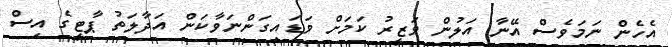
އެހެން ނަމަވެސް އޭނާ އަލުން ވަޒީރު ކަމަށް ވަޑައިގަންނަވާކަން އަދާލަތު ޕާޓީގެ އިސް